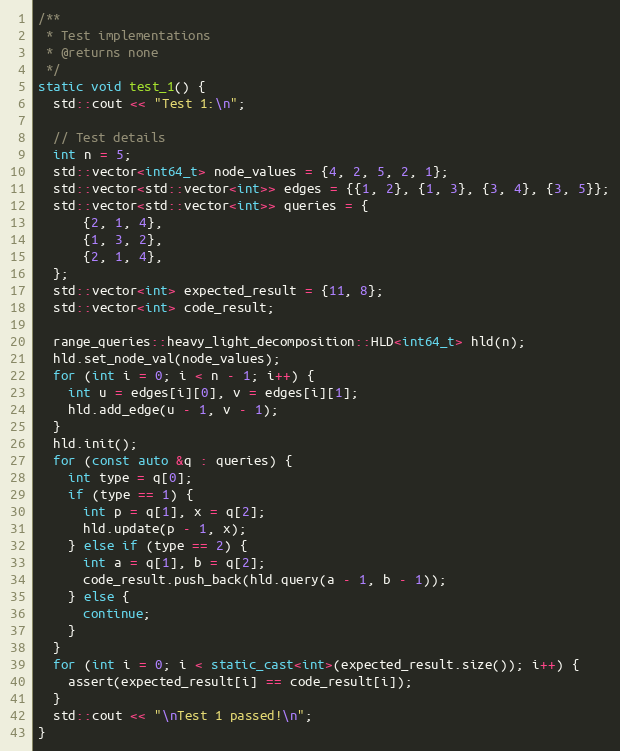
Language: C++
/**
 * Test implementations
 * @returns none
 */
static void test_1() {
  std::cout << "Test 1:\n";

  // Test details
  int n = 5;
  std::vector<int64_t> node_values = {4, 2, 5, 2, 1};
  std::vector<std::vector<int>> edges = {{1, 2}, {1, 3}, {3, 4}, {3, 5}};
  std::vector<std::vector<int>> queries = {
      {2, 1, 4},
      {1, 3, 2},
      {2, 1, 4},
  };
  std::vector<int> expected_result = {11, 8};
  std::vector<int> code_result;

  range_queries::heavy_light_decomposition::HLD<int64_t> hld(n);
  hld.set_node_val(node_values);
  for (int i = 0; i < n - 1; i++) {
    int u = edges[i][0], v = edges[i][1];
    hld.add_edge(u - 1, v - 1);
  }
  hld.init();
  for (const auto &q : queries) {
    int type = q[0];
    if (type == 1) {
      int p = q[1], x = q[2];
      hld.update(p - 1, x);
    } else if (type == 2) {
      int a = q[1], b = q[2];
      code_result.push_back(hld.query(a - 1, b - 1));
    } else {
      continue;
    }
  }
  for (int i = 0; i < static_cast<int>(expected_result.size()); i++) {
    assert(expected_result[i] == code_result[i]);
  }
  std::cout << "\nTest 1 passed!\n";
}